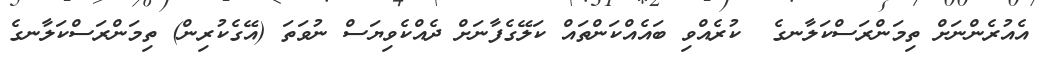
އެއުރެންނަށް ތިމަންރަސްކަލާނގެ  ކުރެއްވި ބައެއްކަންތައް ކަލޭގެފާނަށް ދެއްކެވިޔަސް ނުވަތަ (އޭގެކުރިން) ތިމަންރަސްކަލާނގެ